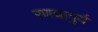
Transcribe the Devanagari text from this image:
रणचातुर्य